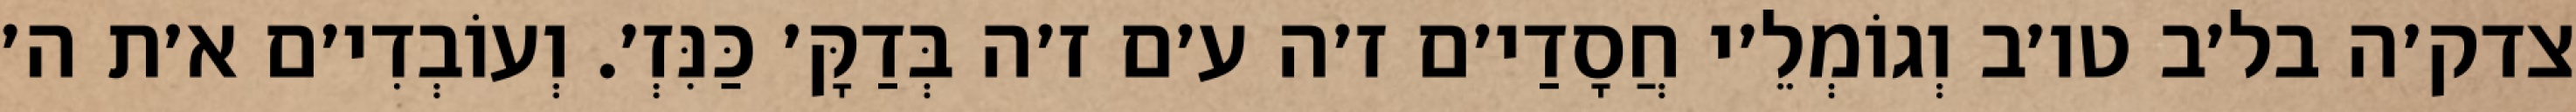
צדק׳ה בל׳ב טו׳ב וְגוֹמְלֵ׳י חֲסָדַי׳ם ז׳ה ע׳ם ז׳ה בְּדַקָּ׳ כַּנִּזְ׳. וְעוֹבְדִי׳ם א׳ת ה׳